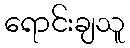
ရောင်းချသူ